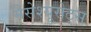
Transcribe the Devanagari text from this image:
मैसेश्यूसेट्स